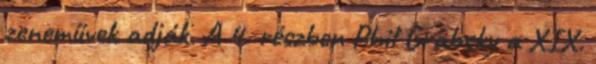
zeneművek adják. A 4. részben Phil Grabsky a XIX.